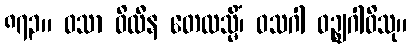
၈၇၃။ ဝသာ ဝိလီန တေလသ္မိံ၊ ဝသဂါ ဝဉ္ဈဂါဝိသု။